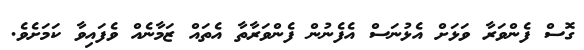
ގޮސް ފެންވަރާ ވަޅަށް އެޅުނަސް އެފެނުން ފެންވަރާތާ އެތައް ޒަމާނެއް ވެފައިވާ ކަމަށެވެ.